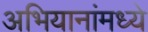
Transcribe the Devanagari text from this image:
अभियानांमध्ये